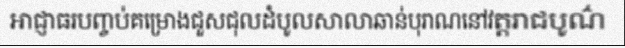
អាជ្ញាធរបញ្ចប់គម្រោងជួសជុលដំបូលសាលាឆាន់បុរាណនៅវត្តរាជបូណ៌